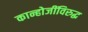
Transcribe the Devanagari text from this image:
कान्होजींविरुद्ध